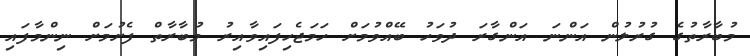
މުބާރާތުގެ ގުރުލުން އަންނަ އަންގާރަ ދުވަހު ބޭއްވުމަށް ހަމަޖެހިފައިވާއިރު މުބާރާތް ފެށުމަށް ނިންމާފައި